Vaccination North-Western Provinces and Oudh 1878-1895 - 1878-1895
Year: 1878
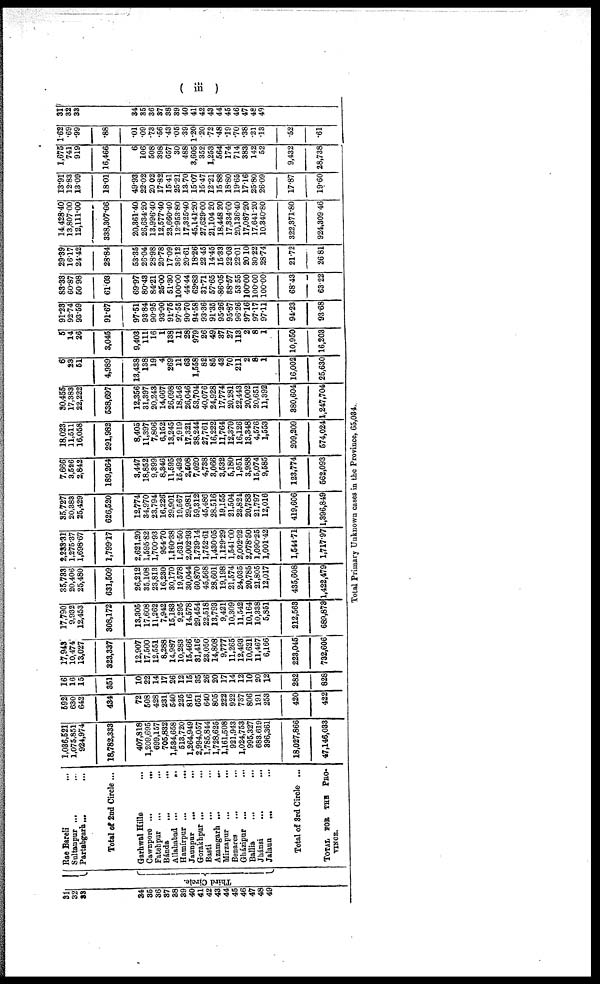
( iii )
31
32
33
34
36
36
37
38
39
40
41
42
43
44
45
46
47
48
49
Third Circle.
Rae Bareli ...
Sultanpur ... ...
Partabgarh ...
...
Total of 2nd Circle ...
Garhwal Hills ...
Cawnpore ...
...
Fatehpur ... ...
Bánda
...
...
Allahabad ...
...
Hamírpur ...
...
Jaunpur
...
...
Gorakhpur ...
...
Basti ... ...
Azamgarh ...
...
Mirzapur
...
...
Benares ... ...
Gházipur ... ...
Ballia ... ...
Jhánsi
...
...
Jalaua ... ...
Total of 3rd Circle ...
TOTAL FOR THE PRO-
VINCE.
1,036,521
1,075,851
924,974
18,782,333
407,818
1,209,695
699,157
705,832
1,534,658
513,720
1,264,949
2,994,057
1,785,844
1,728,625
1,161,508
921,943
1,024,753
995,327
683,619
396,361
18,027,866
47,146,033
592
630
642
434
72
508
428
231
540
225
816
651
640
805
222
922
737
806
191
253
420
422
16
16
15
351
10
22
14
17
26
12
15
35
26
20
17
14
12
10
20
12
282
828
17,943
10,474
13,027
323,337
12,907
17,500
12,551
8,288
14,987
10,283
15,466
31,416
23,050
14,808
9,777
11,265
12,493
10,621
11,467
6,166
223,045
732,606
17,790
9,932
12,453
308,172
13,305
17,608
11,262
7,942
15,183
9,295
14,578
29,454
22,518
13,793
9,421
10,309
11,542
10,164
10,338
5,851
212,563
689,873
35,733
20,406
25,480
631,509
26,212
35,108
23,813
16,230
30,170
19,578
30,044
60,870
45,568
28,601
19,198
21,574
24,035
20,785
21,805
12,017
435,608
1,422,479
2,233.31
1,275.37
1,698.67
1,799.17
2,621.20
1,595.82
1,700.93
954.70
1,160.38
1,631.50
2,002.93
1,739.14
1,752.61
1,430.05
1,129.29
1,541.00
2,002.92
2,078.50
1,090.25
1,001.42
1,544.71
1,717.97
35,727
20,383
25,429
626,520
12,774
34,970
23,794
16,226
29,901
19,567
29,981
59,312
45,486
28,516
19,155
21,504
23,824
20,783
21,797
12,016
419,606
1,396,849
7,666
3,526
2,842
189,264
3,447
18,852
9,399
8,346
11,595
15,493
2,508
7,020
4,738
3,066
3,532
5,180
1,951
3,988
15,074
9,585
123,774
562,093
18,023
11,511
16,058
291,982
8,405
11,397
7,806
6,152
13,245
2,919
17,321
38,244
27,761
16,222
11,764
12,370
16,126
13,348
4,576
1,553
209,209
574,024
30,455
17,383
22,222
538,697
12,356
31,397
20,243
14,667
26,098
18,546
26,046
53,704
40,076
24,928
17,774
20,281
22,443
20,002
20,651
11,392
380,604
1,247,704
6
23
51
4,989
13,438
138
19
4
269
11
63
1,558
82
85
43
70
211
2
8
1
16,002
25,630
5
14
26
3,045
9,403
111
16
1
138
11
28
979
26
49
37
27
113
2
8
1
10,950
16,203
91.23
92.74
93.59
91.67
97.51
93.84
90.95
93.90
91.75
97.55
90.70
94.58
93.36
91.35
95.26
95.87
96.26
97.16
97.17
97.11
94.23
93.68
83.33
60.87
50.98
61.03
69.97
80.43
84.21
25.00
51.30
100.00
44.44
62.83
31.71
57.65
86.05
88.57
53.55
l00.00
100.00
100.00
68.43
63.22
29.39
16.17
24.42
28.84
53.35
26.04
28.98
20.78
17.09
36.12
20.61
18.26
22.45
14.45
15.33
22.03
22.01
20.10
30.22
28.74
21.72
26.81
14,428.40
13,807.00
12,111.00
338,307.06
20,361.40
26,634.20
13,996.40
12,577.40
23,660.40
12,953.80
17,325.40
45,141.20
27,629.00
21,104.20
18,448 20
17,334.60
20,136.40
17,087.20
17,641.20
10,340.80
322,371.80
924,309 46
13.91
12.83
13.09
18.01
49.93
22.02
20.02
17.82
15.41
25.21
13.70
15.07
15.47
22.21
15.88
18.80
19.65
17.16
25.80
26.09
17.87
19.60
1,675
741
919
16,466
6
106
508
398
657
30
488
3,605
352
1,253
564
174
714
383
142
52
9,432
28,738
1.62
.69
.99
.88
.01
.09
.73
.56
.43
.05
.39
1.20
.20
.72
.48
.19
.70
.38
.21
.13
.52
.61
31
32
33
34
35
36
37
38
39
40
41
42
43
44
45
46
47
48
49
Total Primary Unknown cases in the Province, 65,034.